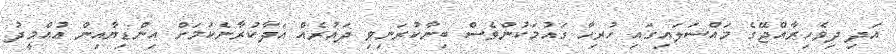
އަދި ދިވެހިރާއްޖޭގެ މައްސަލައިގައި ހުރިހާ ގައުމަކުންވެސް ބިނާކުރަނިވި ދައުރެއް އަދާކުރާނެކަމަށް އިންޑިޔާއިން އުއްމީދު